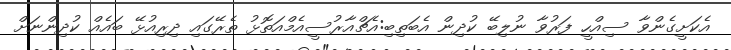
އެކަށީގެންވާ ސިއްހީ ފަރުވާ ނުލިބޭ ކުދިން އެބަތިބި:އެޗްްއާރުސީއެމްއަތޮޅު ތެރޭގައި ދިރިއުޅޭ ބައެއް ކުދިންނަށް